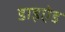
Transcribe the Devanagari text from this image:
डाइऐड